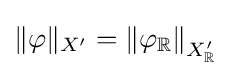
\|\varphi \|_{X^{\prime }}=\left\|\varphi _{\mathbb {R} }\right\|_{X_{\mathbb {R} }^{\prime }}